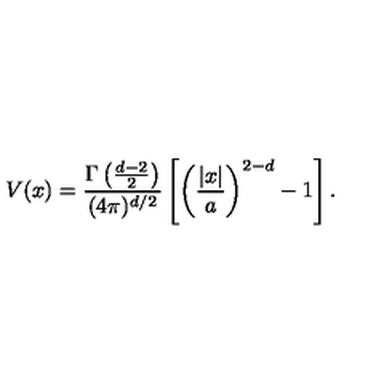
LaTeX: V ( x ) = \frac { \Gamma \left( \frac { d - 2 } { 2 } \right) } { ( 4 \pi ) ^ { d / 2 } } \left[ \left( \frac { | x | } { a } \right) ^ { 2 - d } - 1 \right] .